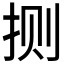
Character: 𫼤